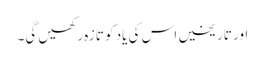
اور تاریخیں اس کی یاد کو تازہ رکھیں گی۔